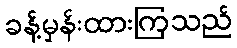
ခန့်မှန်းထားကြသည်